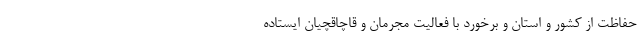
حفاظت از کشور و استان و برخورد با فعالیت مجرمان و قاچاقچیان ایستاده